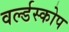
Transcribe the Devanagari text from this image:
वर्ल्डस्कोप